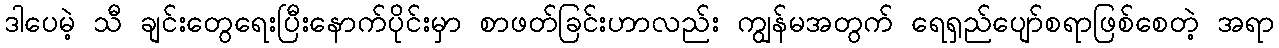
ဒါပေမဲ့ သီ ချင်းတွေရေးပြီးနောက်ပိုင်းမှာ စာဖတ်ခြင်းဟာလည်း ကျွန်မအတွက် ရေရှည်ပျော်စရာဖြစ်စေတဲ့ အရာ